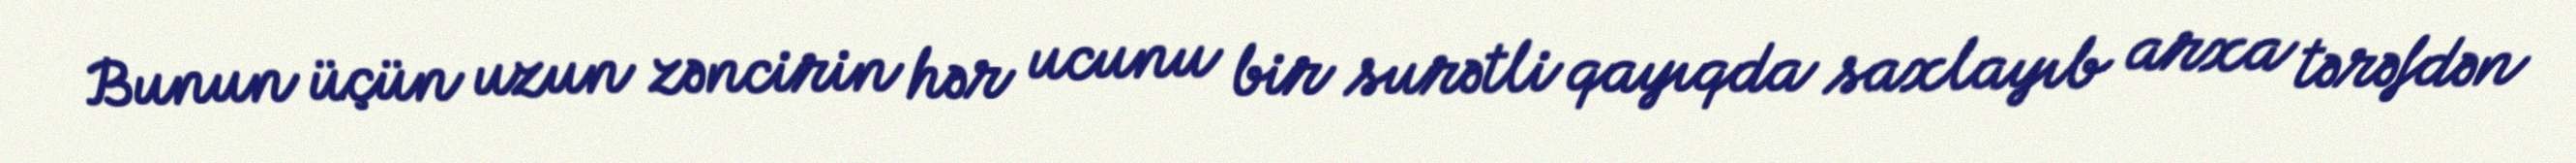
Bunun üçün uzun zəncirin hər ucunu bir surətli qayıqda saxlayıb arxa tərəfdən